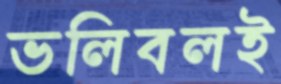
ভলিবলই